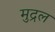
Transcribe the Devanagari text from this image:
मुद्रल